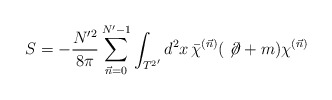
\begin{align*}S = -\frac{N'^2}{8\pi}\sum_{\vec{n}=0}^{N'-1}\int_{{T^2}'} d^2x\,\bar{\chi}^{(\vec{n})}( \; \not\!\partial + m)\chi^{(\vec{n})}\end{align*}